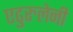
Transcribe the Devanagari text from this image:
एढुरुलेनी